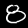
Label: 8